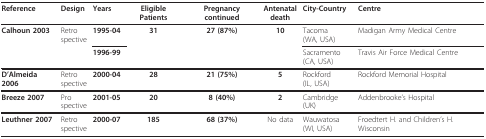
<table><thead><tr><td><b>Reference</b></td><td><b>Design</b></td><td><b>Years</b></td><td><b>Eligible Patients</b></td><td><b>Pregnancy continued</b></td><td><b>Antenataldeath</b></td><td><b>City-Country</b></td><td><b>Centre</b></td></tr></thead><tbody><tr><td><b>Calhoun 2003</b></td><td>Retrospective</td><td><b>1995-04</b></td><td><b>31</b></td><td><b>27 (87%)</b></td><td><b>10</b></td><td>Tacoma(WA, USA)</td><td>Madigan Army Medical Centre</td></tr><tr><td></td><td></td><td><b>1996-99</b></td><td></td><td></td><td></td><td>Sacramento(CA, USA)</td><td>Travis Air Force Medical Centre</td></tr><tr><td><b>D&#x27;Almeida 2006</b></td><td>Retrospective</td><td><b>2000-04</b></td><td><b>28</b></td><td><b>21 (75%)</b></td><td><b>5</b></td><td>Rockford(IL, USA)</td><td>Rockford Memorial Hospital</td></tr><tr><td><b>Breeze 2007</b></td><td>Prospective</td><td><b>2001-05</b></td><td><b>20</b></td><td><b>8 (40%)</b></td><td><b>2</b></td><td>Cambridge (UK)</td><td>Addenbrooke&#x27;s Hospital</td></tr><tr><td><b>Leuthner 2007</b></td><td>Retrospective</td><td><b>2000-07</b></td><td><b>185</b></td><td><b>68 (37%)</b></td><td>No data</td><td>Wauwatosa(WI, USA)</td><td>Froedtert H. and Children&#x27;s H. Wisconsin</td></tr></tbody></table>